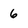
Character: 6